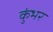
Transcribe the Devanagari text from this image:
कुंभर